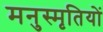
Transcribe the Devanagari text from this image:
मनुस्मृतियों